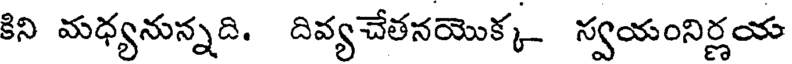
కిని మధ్యనున్నది. దివ్యచేతనయొక్క- స్వయంనిర్ణయ